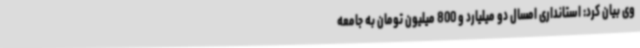
وی بیان کرد: استانداری امسال دو میلیارد و 800 میلیون تومان به جامعه